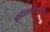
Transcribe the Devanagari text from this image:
अर्धशतकांसहीत